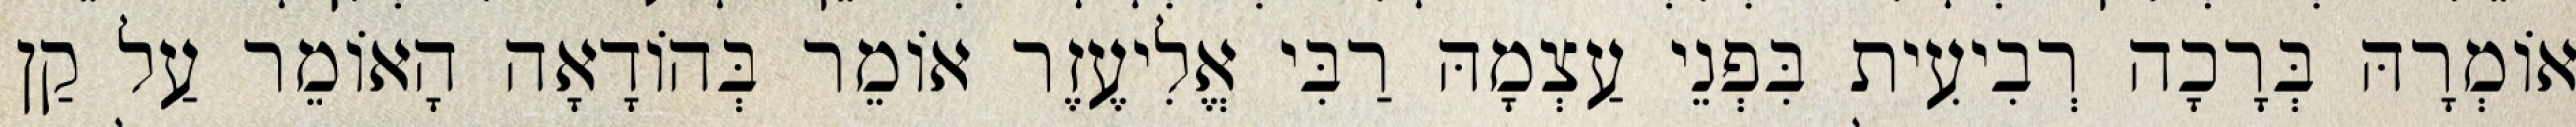
אוֹמְרָהּ בְּרָכָה רְבִיעִית בִּפְנֵי עַצְמָהּ רַבִּי אֱלִיעֶזֶר אוֹמֵר בְּהוֹדָאָה הָאוֹמֵר עַל קַן